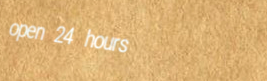
open 24 hours